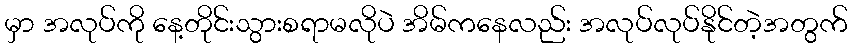
မှာ အလုပ်ကို နေ့တိုင်းသွားစရာမလိုပဲ အိမ်ကနေလည်း အလုပ်လုပ်နိုင်တဲ့အတွက်